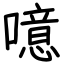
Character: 噫